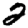
Digit: 2